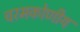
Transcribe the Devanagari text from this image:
चरमकोणीय